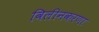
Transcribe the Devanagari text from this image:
विलीनकरणा